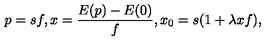
p = s f , x = \frac { E ( p ) - E ( 0 ) } { f } , x _ { 0 } = s ( 1 + \lambda x f ) ,